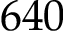
6 4 0